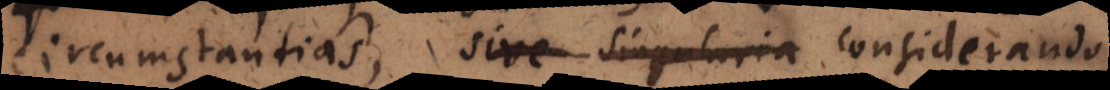
circumstantias, sive singularia considerando